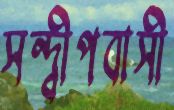
সন্দ্বীপবাসী